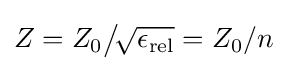
Z=Z_{0}{\big /}\!{\sqrt {\epsilon _{\text{rel}}}}=Z_{0}/n